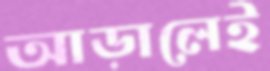
আড়ালেই